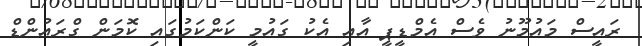
ރައީސް މައުމޫނު ވެސް އެމްޑީޕީ އާއި އެކު ގައުމީ ކަންކަމުގައި ކޮމަން ގްރައުންޑް